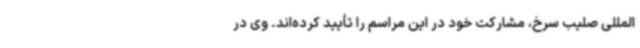
‌المللی صلیب سرخ، مشارکت خود در این مراسم را تأیید کرده‌اند. وی در